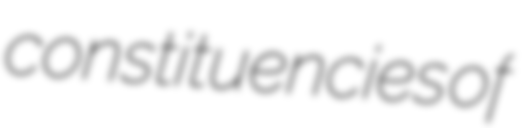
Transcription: constituencies of